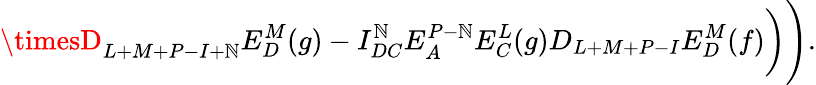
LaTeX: \timesD_{L+M+P-I+\mathbb{N}}E_{D}^{M}(g)-I_{DC}^{\mathbb{N}}E_{A}^{P-\mathbb{N}}E_{C}^{L}(g)D_{L+M+P-I}E_{D}^{M}(f)\biggr)\Biggr).